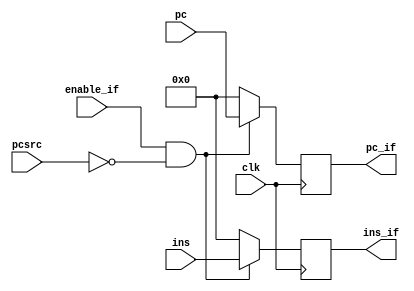
module ifidreg(clk, enable_if, pcsrc, pc, ins, pc_if, ins_if);

    input clk, enable_if, pcsrc;
    input [31:0] pc, ins;

    output reg [31:0] pc_if, ins_if;

    initial 
    begin
        pc_if       <= 0;
        ins_if      <= 0; 
    end

    always @(posedge clk) 
    begin
        if (enable_if == 1 && pcsrc == 0)
        begin
            pc_if       <=  pc;
            ins_if      <= ins; 
        end
        else
        begin
            pc_if       <= 0;
            ins_if      <= 0;
        end
    end

endmodule